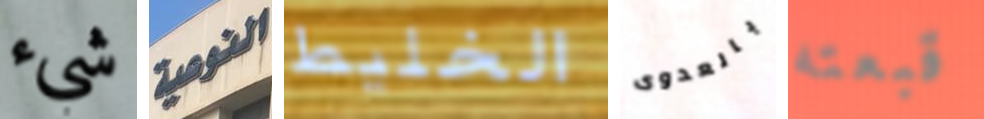
شيء النوعية الخليط بالعدوى قبعته